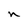
Character: n